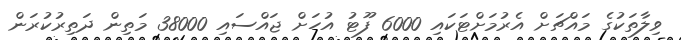
ވިލާތަކުގެ މައްޗަށް އެރުމަށްޓަކައި 6000 ފޫޓު އުހަށް ޖައްސައި 38000 މަތިން ދަތިރުކުރަން